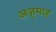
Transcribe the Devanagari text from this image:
अज़ुमाह